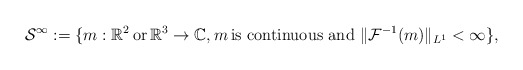
\begin{align*}\mathcal{S}^\infty:=\{ m: \mathbb{R}^2\,\textup{or}\, \mathbb{R}^3 \rightarrow \mathbb{C}, m\,\textup{is continuous and } \| \mathcal{F}^{-1}(m)\|_{L^1} < \infty\},\end{align*}